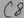
Text: C8